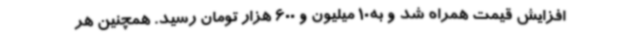
افزایش قیمت همراه شد و به10 میلیون و 600 هزار تومان رسید. همچنین هر